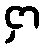
ငှာ